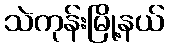
သဲကုန်းမြို့နယ်